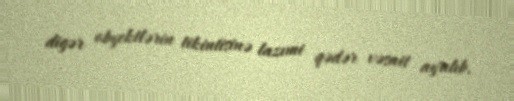
digər obyektlərin tikintisinə lazımi qədər vəsait ayrılıb.